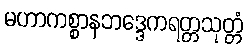
မဟာကစ္စာနဘဒ္ဒေကရတ္တသုတ္တံ